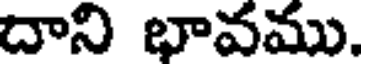
దాని భావము.